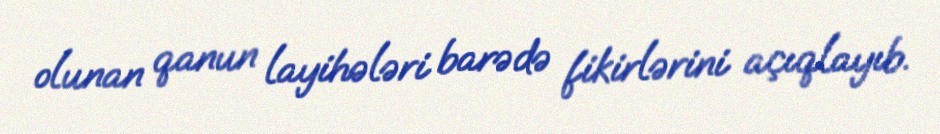
olunan qanun layihələri barədə fikirlərini açıqlayıb.